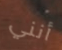
أنني